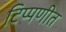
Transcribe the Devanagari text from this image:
टिप्पणीत